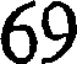
69